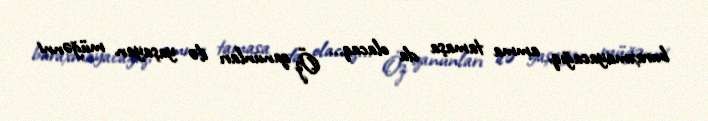
buraxmayacağıq, amma tamaşa da olacaq... Öz qanunları ilə yaşayan müğənni